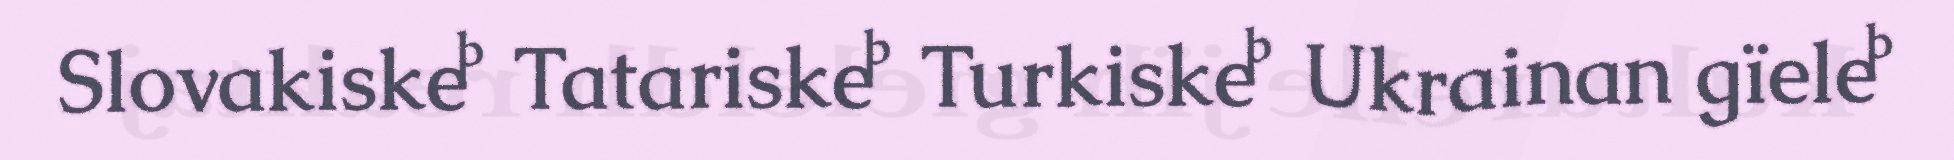
Slovakiske  Tatariske  Turkiske  Ukrainan gïele 